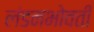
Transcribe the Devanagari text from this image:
लंडनभोवती